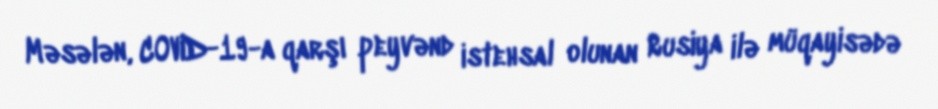
Məsələn, COVID-19-a qarşı peyvənd istehsal olunan Rusiya ilə müqayisədə